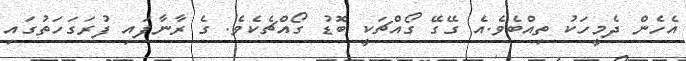
އެހެން ދެމީހަކު ތިއްބެވެ.އެ ގޭގޭ ގޯއްޗަކީ ބޮޑު ގޯއްޗެކެވެ. ގެ ރާނާފައި ފުރަގަހަތުގައި